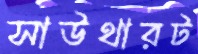
সাউথারট